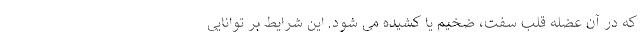
که در آن عضله قلب سفت، ضخیم یا کشیده می شود. این شرایط بر توانایی